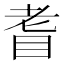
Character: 𦒿